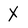
Character: X